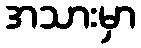
အသားမှာ